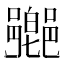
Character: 𨞰